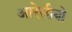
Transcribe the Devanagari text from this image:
आरेसीबो